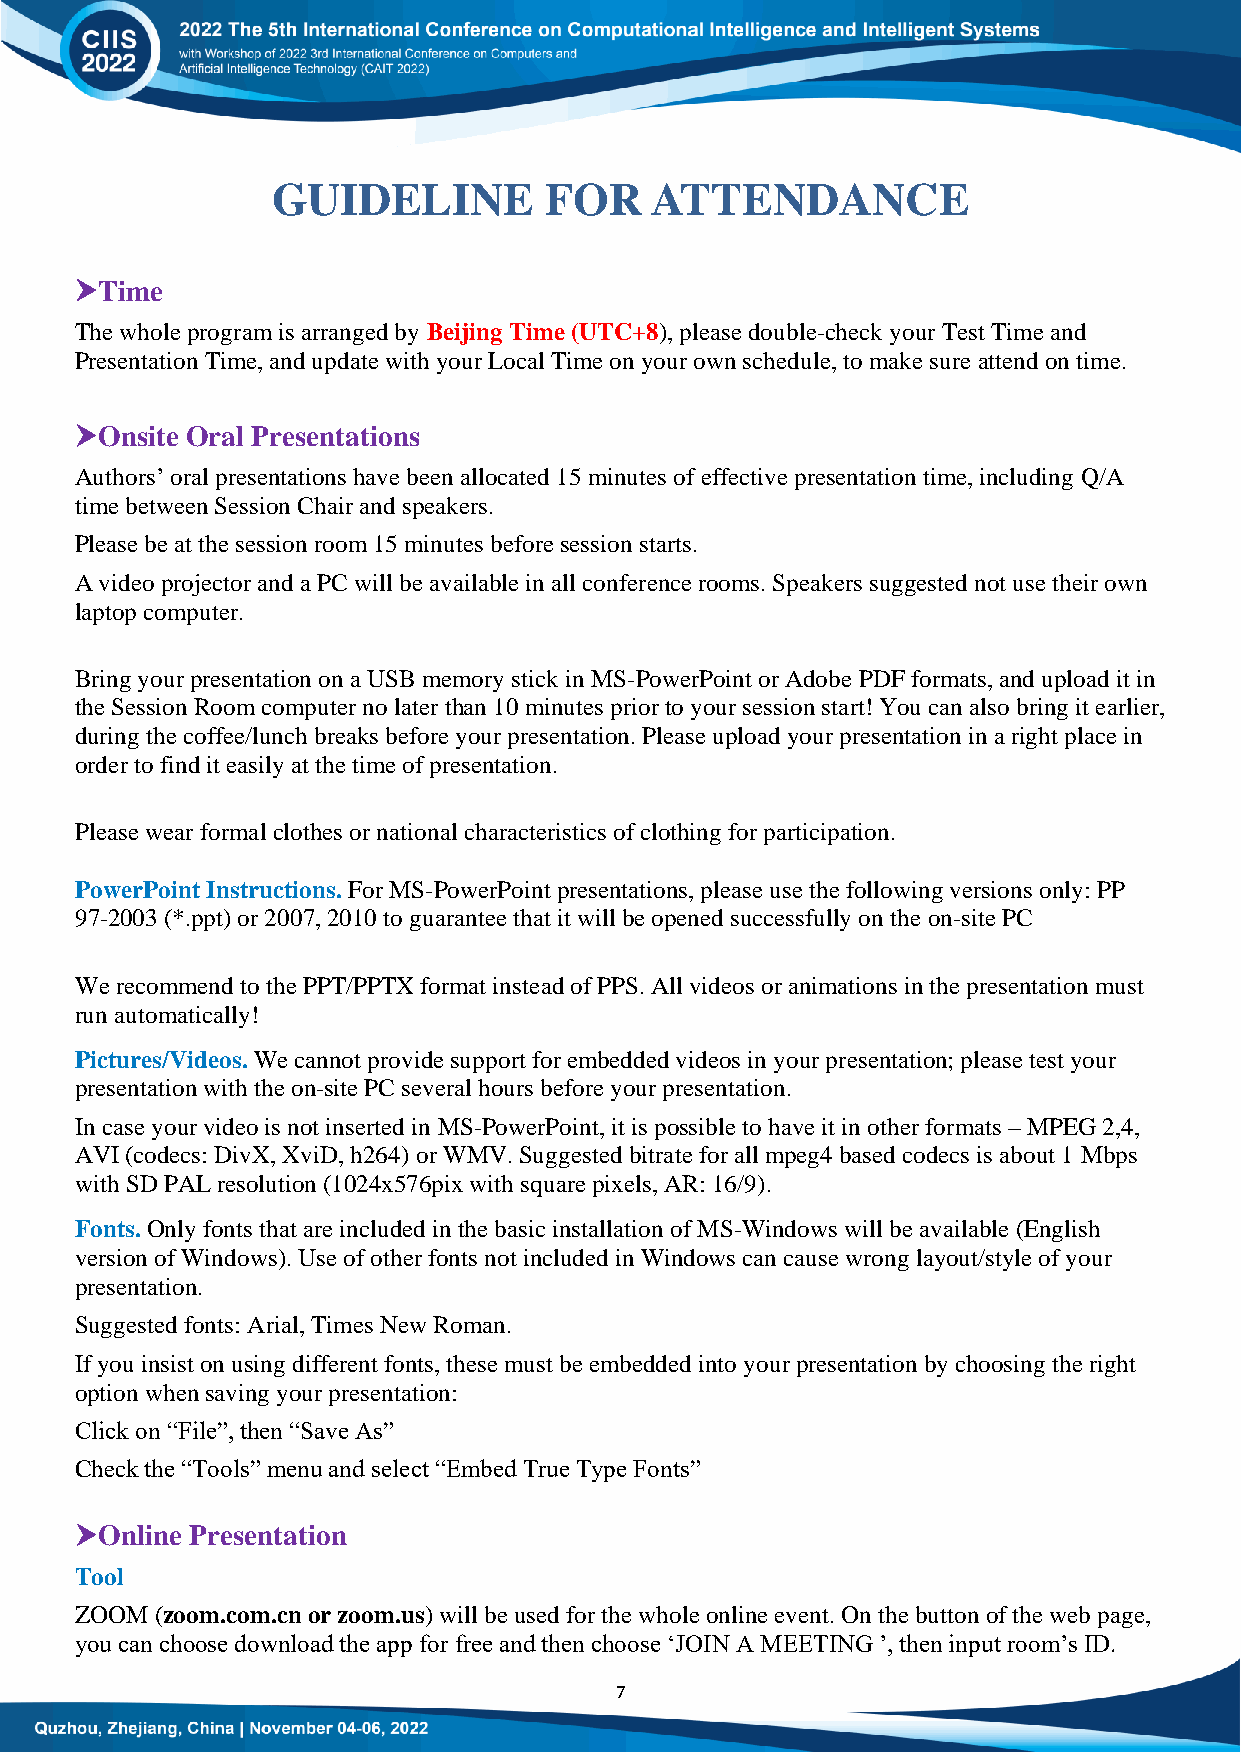
GUIDELINE         FOR    ATTENDANCE
 Time
 The whole program is arranged by Beijing Time (UTC+8), please double-check your Test Time and
 Presentation Time, and update with your Local Time on your own schedule, to make sure attend on time.
 Onsite Oral Presentations
 Authors‟ oral presentations have been allocated 15 minutes of effective presentation time, including Q/A
 time between Session Chair and speakers.
 Please be at the session room 15 minutes before session starts.
 A video projector and a PC will be available in all conference rooms. Speakers suggested not use their own
 laptop computer.
 Bring your presentation on a USB memory stick in MS-PowerPoint or Adobe PDF formats, and upload it in
 the Session Room computer no later than 10 minutes prior to your session start! You can also bring it earlier,
 during the coffee/lunch breaks before your presentation. Please upload your presentation in a right place in
 order to find it easily at the time of presentation.
 Please wear formal clothes or national characteristics of clothing for participation.
 PowerPoint Instructions. For MS-PowerPoint presentations, please use the following versions only: PP
 97-2003 (*.ppt) or 2007, 2010 to guarantee that it will be opened successfully on the on-site PC
 We recommend to the PPT/PPTX format instead of PPS. All videos or animations in the presentation must
 run automatically!
 Pictures/Videos. We cannot provide support for embedded videos in your presentation; please test your
 presentation with the on-site PC several hours before your presentation.
 In case your video is not inserted in MS-PowerPoint, it is possible to have it in other formats – MPEG 2,4,
 AVI (codecs: DivX, XviD, h264) or WMV. Suggested bitrate for all mpeg4 based codecs is about 1 Mbps
 with SD PAL resolution (1024x576pix with square pixels, AR: 16/9).
 Fonts. Only fonts that are included in the basic installation of MS-Windows will be available (English
 version of Windows). Use of other fonts not included in Windows can cause wrong layout/style of your
 presentation.
 Suggested fonts: Arial, Times New Roman.
 If you insist on using different fonts, these must be embedded into your presentation by choosing the right
 option when saving your presentation:
 Click on “File”, then “Save As”
 Check the “Tools” menu and select “Embed True Type Fonts”
 Online Presentation
 Tool
 ZOOM (zoom.com.cn or zoom.us) will be used for the whole online event. On the button of the web page,
 you can choose download the app for free and then choose „JOIN A MEETING ‟, then input room‟s ID.
 7